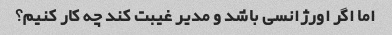
اما اگر اورژانسی باشد و مدیر غیبت کند چه کار کنیم؟